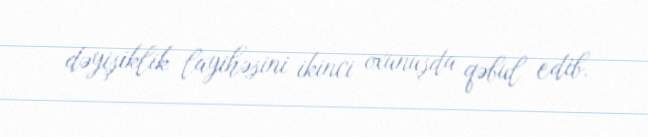
dəyişiklik layihəsini ikinci oxunuşda qəbul edib.